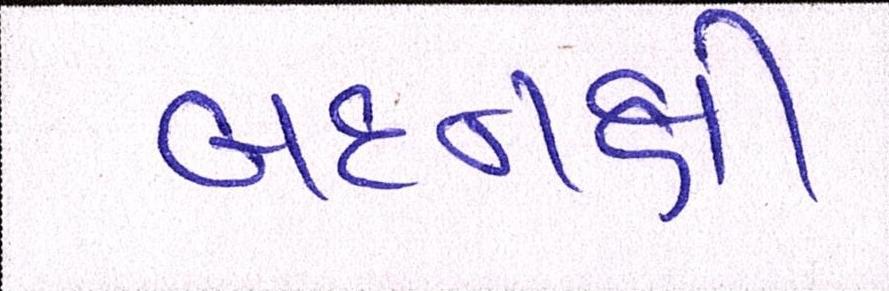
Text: બદનક્ષી